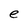
Character: e